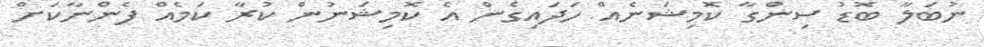
ނުބަލާ ބޮޑު ސިންގާ ކޮމިޝަނެއް ހަދައިގެން އެ ކޮމިޝަނުން ކުރާ ކަމެއް ފެންނާކަށް